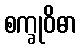
စက္ခုဝိဓာ